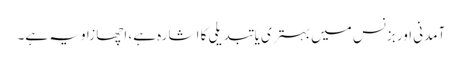
آمدنی اور بزنس میں بہتری یا تبدیلی کا اشارہ ہے، اچھا زاویہ ہے۔